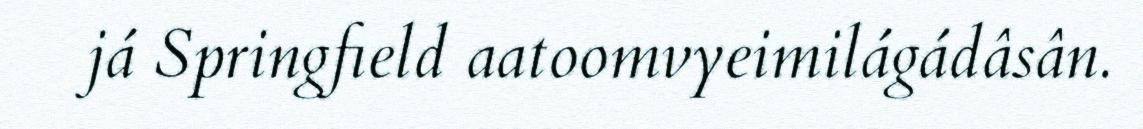
já Springfield aatoomvyeimilágádâsân.